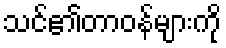
သင်၏တာဝန်များကို